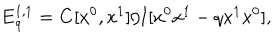
LaTeX: { \bf E } _ { q } ^ { 1 , 1 } = { \bf C } [ x ^ { 0 } , x ^ { 1 } ] / { \bf I } [ x ^ { 0 } x ^ { 1 } - q x ^ { 1 } x ^ { 0 } ] ,